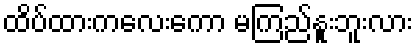
ထိပ်ထားကလေးကော မကြည်နူးဘူးလား